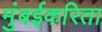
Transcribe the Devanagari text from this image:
मुंबईकरिता